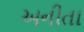
અનીતા